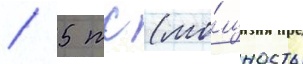
/ 5 тс (мо́щность